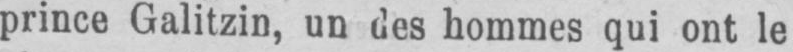
prince Galitzin, un des hommes qui ont le